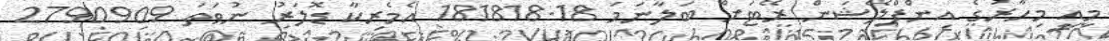
މިއީ މިހާރުގެ އިންފްލޭޝަން ރޭޓަށް ބަލާނަމަ 181818.18 އެމެރިކާ ޑޮލަރު ނުވަތަ 2790909